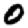
Digit: 0